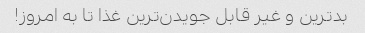
بدترین و غیر قابل جویدن‌ترین غذا تا به امروز!